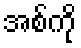
အစ်ကို